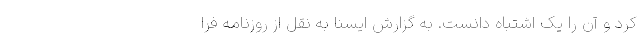
کرد و آن را یک اشتباه دانست. به گزارش ایسنا به نقل از روزنامه فرا